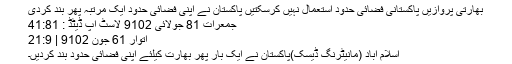
بھارتی پروازیں پاکستانی فضائی حدود استعمال نہیں کرسکتیں پاکستان نے اپنی فضائی حدود ایک مرتبہ پھر بند کردی
جمعرات‬‮ 18 جولائی‬‮ 2019 لاسٹ اپ ڈیٹڈ : 18:14
اتوار‬‮ 16 جون‬‮ 2019 | 9:12
اسلام آباد (مانیٹرنگ ڈیسک)پاکستان نے ایک بار پھر بھارت کیلئے اپنی فضائی حدود بند کردیں۔